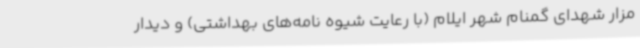
مزار شهدای گمنام شهر ایلام (با رعایت شیوه نامه‌های بهداشتی) و دیدار